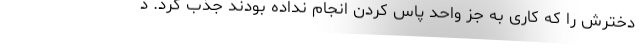
دخترش را که کاری به جز واحد پاس کردن انجام نداده بودند جذب کرد. د